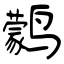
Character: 鹲